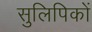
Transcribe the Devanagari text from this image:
सुलिपिकों